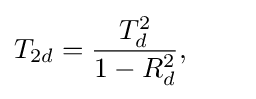
T_{2d}={\frac {T_{d}^{2}}{1-R_{d}^{2}}},\qquad